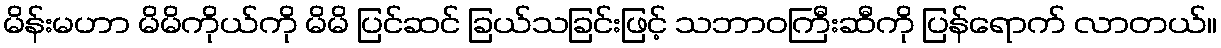
မိန်းမဟာ မိမိကိုယ်ကို မိမိ ပြင်ဆင် ခြယ်သခြင်းဖြင့် သဘာဝကြီးဆီကို ပြန်ရောက် လာတယ်။